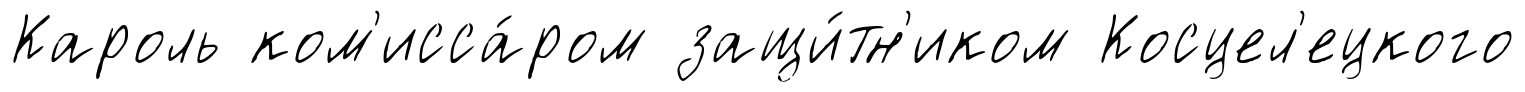
Кароль ком'исса́ром защи́тн'иком Косцел'ецкого